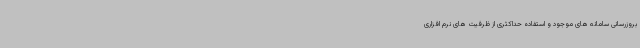
بروزرسانی سامانه های موجود و استفاده حداکثری از ظرفیت های نرم افزاری